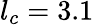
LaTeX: l_{c}=3.1